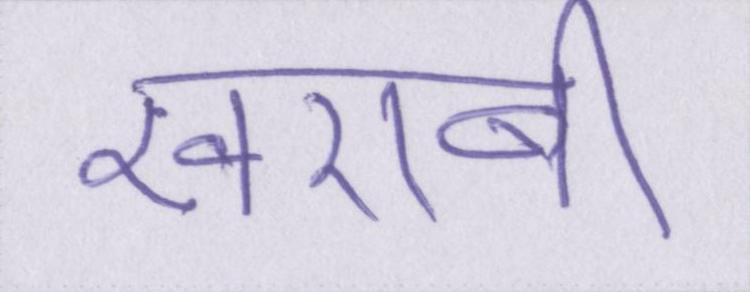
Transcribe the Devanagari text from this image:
खराबी